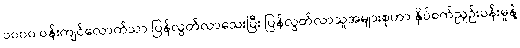
၁၀၀၀ ဝန်းကျင်လောက်သာ ပြန်လွတ်လာသေးပြီး ပြန်လွတ်လာသူအများစုဟာ နှိပ်စက်ညှဉ်းပန်းမှုနဲ့